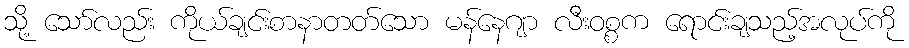
သို့ သော်လည်း ကိုယ်ချင်းစာနာတတ်သော မန်နေဂျာ လီးဝစ္စက ရောင်းချသည့်အလုပ်ကို